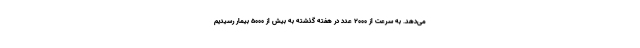
می‌دهد. به سرعت از ۲۰۰۰ عدد در هفته گذشته به بیش از ۵۰۰۰ بیمار رسیدیم